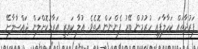
ފަރުދާތައް ކަހާލާފައި ހުރުމުން ބޭރު ފެންނަން އޮތެވެ. އުލާ ކައިރީ އަރާމުކޮށްލަން ޖައްސާލާށޭ